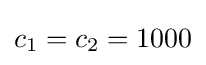
c_{1}=c_{2}=1000